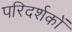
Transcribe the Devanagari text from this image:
परिदर्शकों